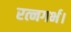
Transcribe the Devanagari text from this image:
रत्नगर्भ।